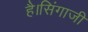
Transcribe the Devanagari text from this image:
है।सिंगाजी